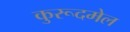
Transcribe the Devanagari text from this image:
कुरूदमेल